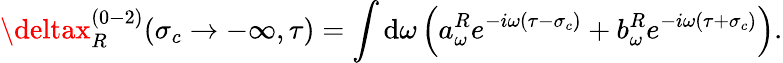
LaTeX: \deltax_{R}^{(0-2)}(\sigma_{c}\rightarrow-\infty,\tau)=\int\mathrm{d}\omega\left(a_{\omega}^{R}e^{-i\omega(\tau-\sigma_{c})}+b_{\omega}^{R}e^{-i\omega(\tau+\sigma_{c})}\right).